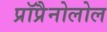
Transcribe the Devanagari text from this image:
प्रॉप्रैनोलोल